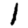
Digit: 1